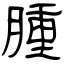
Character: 腫